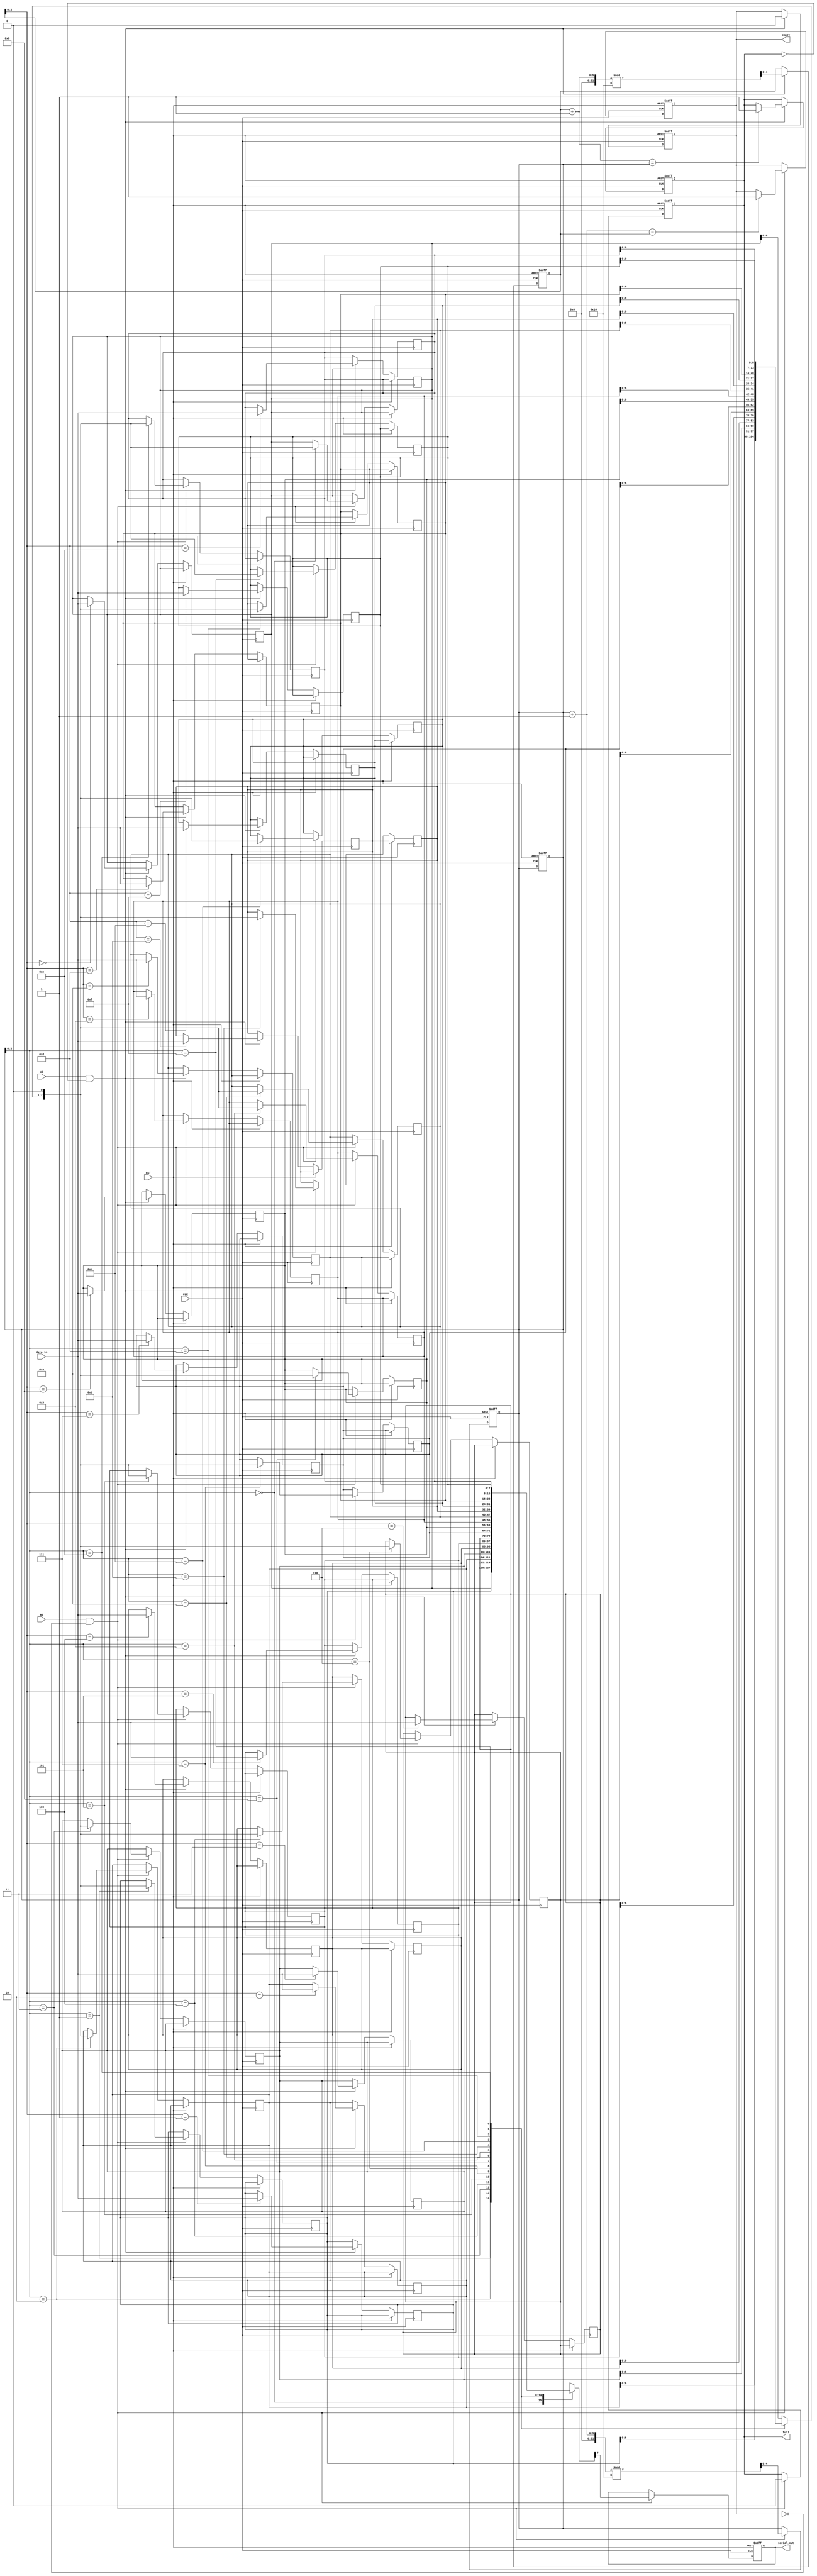
module FIFO_PISO #(
    parameter N = 8,         // Width of the data
    parameter DEPTH = 16     // Depth of the FIFO
)(
    input wire [N-1:0] data_in, // Parallel input data
    input wire WE,               // Write Enable
    input wire RE,               // Read Enable
    input wire CLK,              // Clock
    input wire RST,              // Reset
    output reg serial_out,       // Serial output data
    output reg full,             // Full flag
    output reg empty             // Empty flag
);

    // Internal storage for FIFO
    reg [N-1:0] fifo_mem[0:DEPTH-1];
    reg [4:0] write_pointer;      // 5 bits to accommodate DEPTH
    reg [4:0] read_pointer;       // 5 bits to accommodate DEPTH

    // Initialize pointers and flags
    initial begin
        write_pointer = 0;
        read_pointer = 0;
        full = 0;
        empty = 1;
    end

    // Write Logic
    always @(posedge CLK or posedge RST) begin
        if (RST) begin
            write_pointer <= 0;
            read_pointer <= 0;
            full <= 0;
            empty <= 1;
        end else if (WE && !full) begin
            fifo_mem[write_pointer] <= data_in;
            write_pointer <= (write_pointer + 1) % DEPTH;
            empty <= 0;
            if (write_pointer + 1 == read_pointer) begin
                full <= 1; // FIFO is full
            end
        end
    end

    // Read Logic
    always @(posedge CLK or posedge RST) begin
        if (RST) begin
            serial_out <= 0;
            read_pointer <= 0;
            full <= 0;
            empty <= 1;
        end else if (RE && !empty) begin
            serial_out <= fifo_mem[read_pointer][N-1]; // Output the MSB of the current FIFO entry
            fifo_mem[read_pointer] <= {fifo_mem[read_pointer][N-2:0], 1'b0}; // Shift out the data
            read_pointer <= (read_pointer + 1) % DEPTH;
            full <= 0;
            if (read_pointer + 1 == write_pointer) begin
                empty <= 1; // FIFO is empty
            end
        end
    end

endmodule